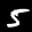
Label: 5